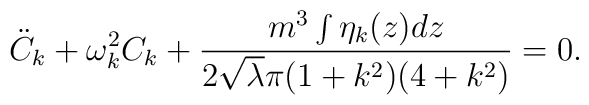
{\ddot C}_k + \omega _k^2 C_k + \frac { m^3 \int \eta _k (z) dz }{2 {\sqrt \lambda }\pi (1 + k^2)(4+ k^2)} = 0.